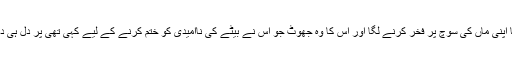
کچھ دیر خاموش رہنے کے بعد بیٹا اپنی ماں کی سوچ پر فخر کرنے لگا اور اس کا وہ جھوٹ جو اس نے بیٹے کی ناامیدی کو ختم کرنے کے لیے کہی تھی پر دل ہی دل میں ماں کی عظمت کو سلام کہا۔